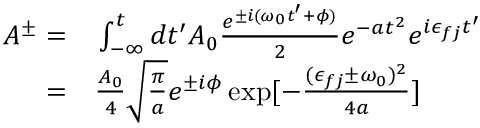
\begin{array} { r l } { A ^ { \pm } = } & { { } \int _ { - \infty } ^ { t } d t ^ { \prime } A _ { 0 } \frac { e ^ { \pm i ( \omega _ { 0 } t ^ { \prime } + \phi ) } } { 2 } e ^ { - a t ^ { 2 } } e ^ { i \epsilon _ { f j } t ^ { \prime } } } \\ { = } & { { } \frac { A _ { 0 } } { 4 } \sqrt { \frac { \pi } { a } } e ^ { \pm i \phi } \exp [ - \frac { ( \epsilon _ { f j } \pm \omega _ { 0 } ) ^ { 2 } } { 4 a } ] } \end{array}